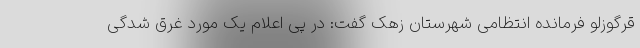
قرگوزلو فرمانده انتظامی شهرستان زهک گفت: در پی اعلام یک مورد غرق شدگی